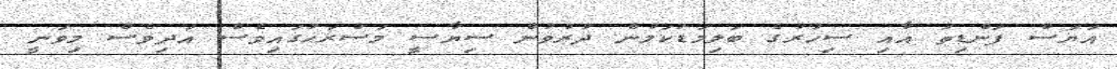
އަޔަސް ފަންޑިތަ އާއި ސިހުރުގެ ބަލިމަޑުކަމުން ދުރުވުން ސިޔާސީ މަސްރަޙުގައިވެސް އަދިވެސް މިވަނީ